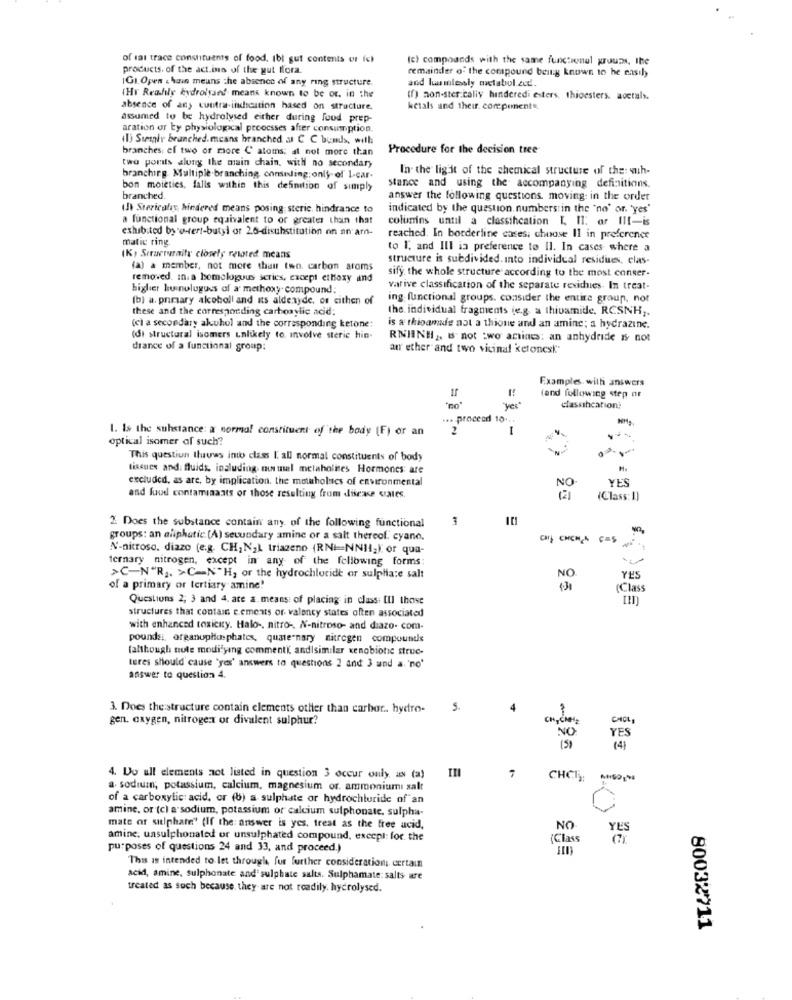
of dat trace constituents of food, Ibl gut contents or ic)
(c) compoands with the same functional groups, the
products. of the act.is of the gut flora.
remainder of the compound being known 10 he nasıl
IGI Open & hain means the absence of any ring structure.
and lummlessly metabol.zud.
(Hr Readily hydrolysed means known to be or. in the
(f) non-ster.cally hinderedi esters, thioesters. aoctals.
absence of any contra indication hased on structure.
kctals and their. componente.
assumed to be hydrolysed either during food prep-
aration or by physiological proocsses after consumption.
il) Surgir branched. means branched at C C bonds, with
branches: ef two or more C atoms; at not more than
Procedure for the decision tree
two ports along the main chain, with no secondary
In the lig it of the chemical structure of the: wuh-
branching. Multiple.branching, conuding: only of 1-car-
bon moieties, falls within this definition of simply
stance and using the accompanying definitions.
branched.
answer the following questions. moving in the order
(Je Stericaliy, hindered means posing steric, hindrance to
indicated by the question, numbers in the 'no' or. 'yes'
a functional group equivalent to or greater than that
columns until a classincation I, II. or Ilt-is
exhibited by o-tert-butyl or 2.6-disubstitution on an'arn-
matic ring
reached. In borderline cases; choose II in preferener
to 1. and Ill ia preference to Il. In cases where a
(K) Structuraity closely related means
structure is subdivided. Into individual residues, elas-
(a) a member, not more than two. carbon atoms
removed. in. a homologous series, except ethoxy and
sify the whole structure according to the most conser-
higher hunolugues of a methoxy compound;
varive classification of the separate rexidnes. In treat-
(b) a. primary alcoboll and its aldenyde, or cithen of
ing. functional groups. consider the entire group, not
these and the corresponding carboxylic acid;
the individual fragments (e.g. a thivamide, RCSNH ,.
(cl a secondary alcohol and the corresponding ketone:
is a thioamade not a thione and an amine; a hydrazine.
(di structural isomers Lalikely to involve sterie hin-
RNHINH, IS not :wo antines: an anhydride is not
drance of a functional group:
aur ether and two vicinal ketonesk'
Examples. with answers
(and following step or
"yes"
classincation;
... proceed 10 ...
1. Is the substance: a normal constituent of the body (F) or an
2
1
optical isomer of such?
This questiun Iluvas into class I. all normal constituents of body
tissues and: fluids, including mosmal melaholises Hormones: are
H
excluded, as are, by implication. the motholues of environmental
NO
YES
and fuud contaminants or those resulting from disease cates.
(Class: 1)
1
2. Does the substance contain any. of the following functional
groups: an aliphatic (A) secundary amine or a salt thereof. cyane.
N-nitroso, diazo (e.g. CH;N24 triazeno (RNI=NNH12) or qua-
ternary nitrogen, except in any of the following forms:
>C-NºR1. >C=N"H, or the hydrochloride or sulphate salt
YES
of a primary or tertiary amine!
(Class
Questions 2; 3 and 4. ate a. means of placing in class: [Il those
structures that contain e.ements of- valency states often associated
with enhanced toxicity. Halo -, nitro -. N-nitroso- and diazo. com-
pounds ;, organuphosphate, quaternary nitrogen compounds
(although tule modifying commenti, andisimilar xenobiotic struc-
teres should cause 'yes' answers to questions 2 and 3 und a. 'no'
answer to question 4.
3. Does the structure contain elements other than carbor. hydro-
5
gen. oxygen, nitrogen or divalent sulphur?
CHOL
NO
YES
4. Do all elements not listed in question 3 occur only, as (a)
7
CHCI
a. sodium, potassium, calcium, magnesium or. ammoniumi salt
of a carboxylic acid, or (b) a sulphate or hydrochloride of an
amine, or (c) a sodium, potassium or calcium sulphonate, sulpha-
mate or sulphate" (If the: answer is yes, treat as the free acid,
NO
amine. unsulphonated or unsulphated compound, except: for the
(Class
purposes of questions 24 and 33, and proceed.)
This is intended to let through, for further consideration; certain
acid, amine, sulphonate and'sulphate salts. Sulphamate: salts are
treated as such because, they are not readily, hydrolysed.
80032711